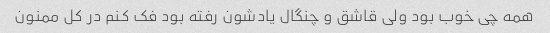
همه چی خوب بود ولی قاشق و چنگال یادشون رفته بود فک کنم در کل ممنون